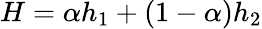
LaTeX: H=\alpha h_{1}+(1-\alpha)h_{2}